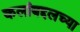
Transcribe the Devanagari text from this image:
कलांबद्दलच्या